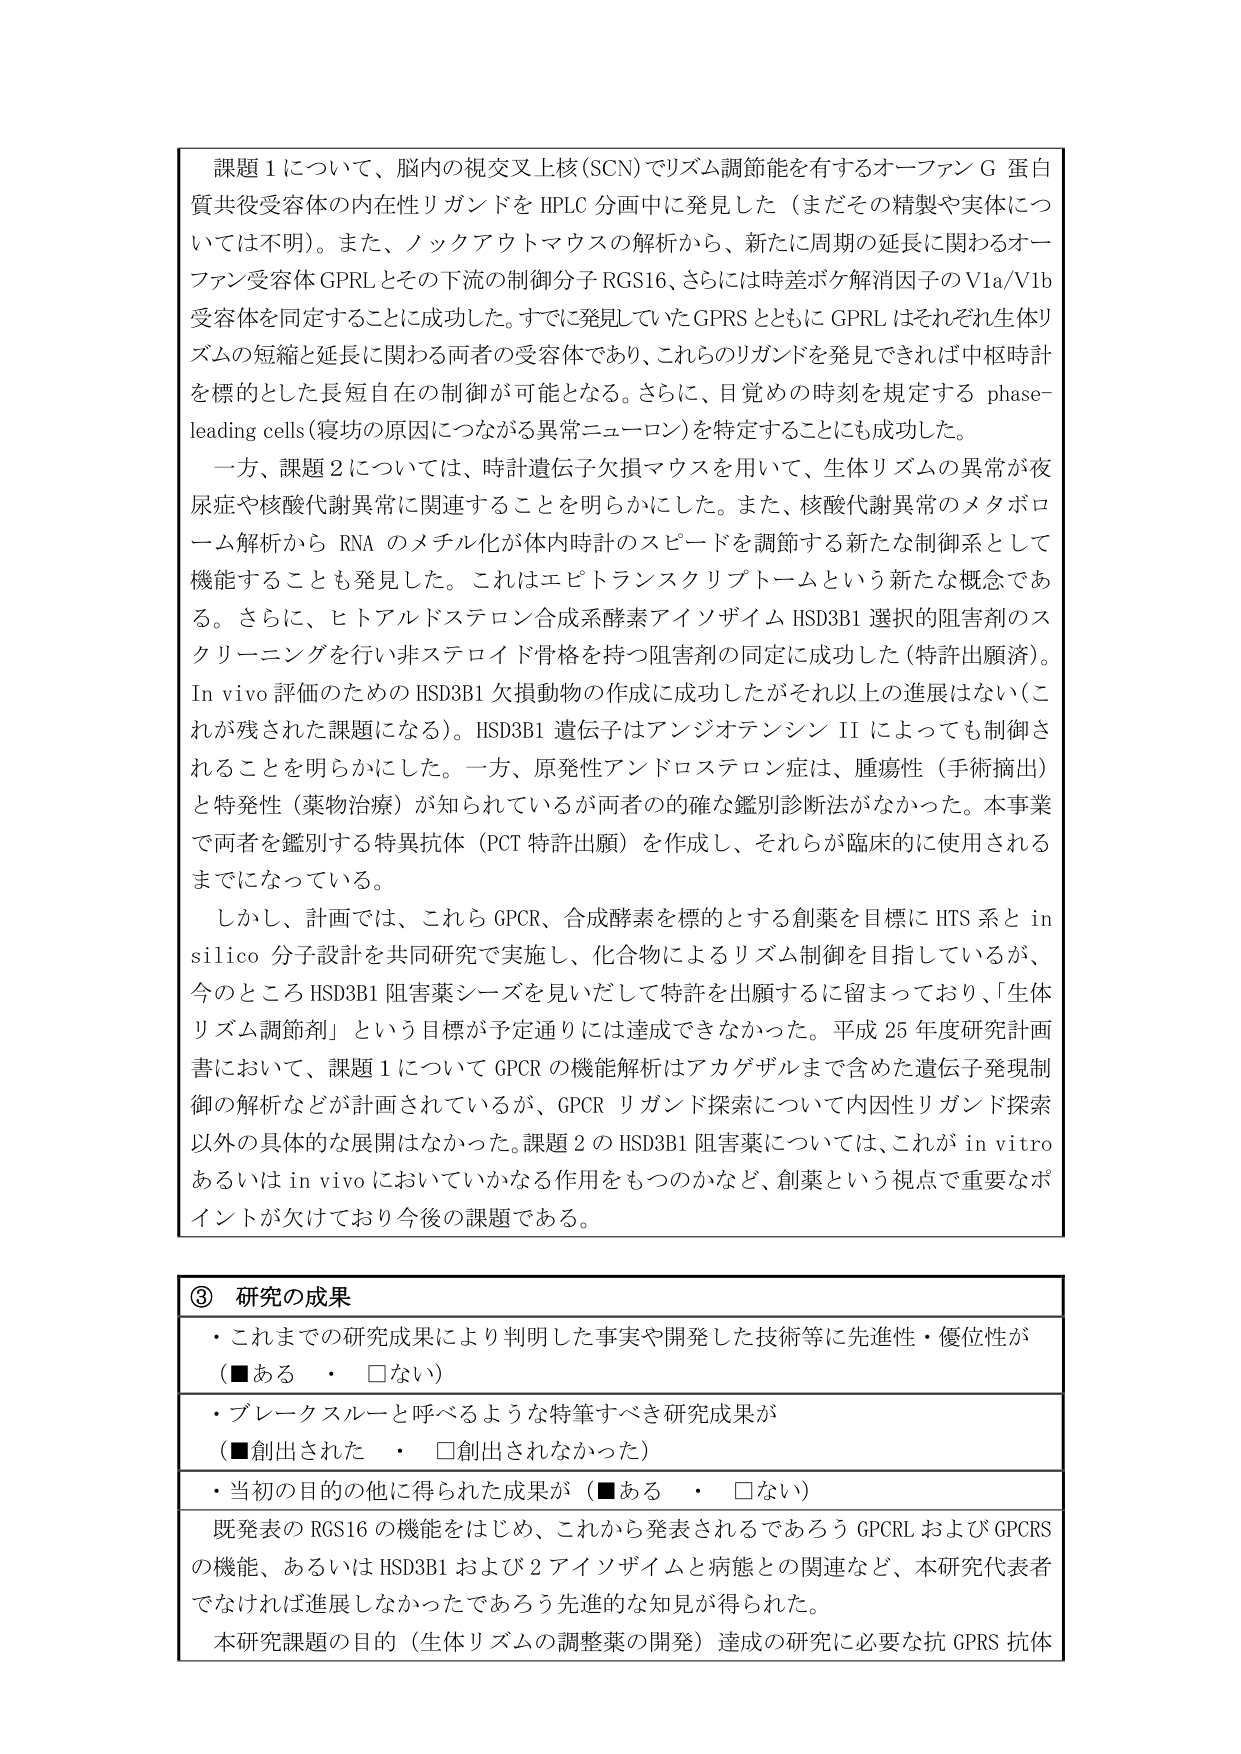
課題１について、脳内の視交叉上核（SCN）でリズム調節能を有するオーファンG蛋白質共役受容体の内在性リガンドをHPLC分画中に発見した（まだその精製や実体については不明）。また、ノックアウトマウスの解析から、新たに周期の延長に関わるオーファン受容体GPRＬとその下流の制御分子RGS16、さらには時差ボケ解消因子のV1a/V1b受容体を同定することに成功した。すでに発見していたGPRSとともにGPRＬはそれぞれ生体リズムの短縮と延長に関わる両者の受容体であり、これらのリガンドを発見できれば中枢時計を標とした長短自在の制御が可能となる。さらに、目覚めの時刻を規定するphase-leading cells（寝坊の原因につながる異常ニューロン）を特定することにも成功した。

一方、課題２については、時計遺伝子欠損マウスを用いて、生体リズムの異常が夜尿症や核酸代謝異常に関連することを明らかにした。また、核酸代謝異常のメタボローム解析からRNAのメチル化が体内時計のスピードを調節する新たな制御系として機能することも発見した。これはエピトランスクリプトームという新たな概念である。さらに、ヒトアルドステロン合成系酵素アイソザイムHSD3B1選択的阻害剤のスクリーニングを行い非ステロイド骨格を持つ阻害剤の同定に成功した（特許出願済）。In vivo評価のためのHSD3B1欠損動物の作成に成功したがそれ以上の進展はない（これが残された課題になる）。HSD3B1遺伝子はアンジオテンシンIIによっても制御されることを明らかにした。一方、原発性アンドロステロン症は、腫瘍性（手術摘出）と特発性（薬物治療）が知られているが両者の確な鑑別診断法がなかった。本事業で両者を鑑別する特異抗体（PCT特許出願）を作成し、それらが臨床的に使用されるまでになっている。

しかし、計画では、これらGPCR、合成酵素を標的とする創薬を目標にHTS系とin silico分子設計を共同研究で実施し、化合物によるリズム制御を目指しているが、今のところHSD3B1阻害薬シーズを見いだして特許を出願するに留まっており、「生体リズム調節剤」という目標が予定通りには達成できなかった。平成25年度研究計画書において、課題１についてGPCRの機能解析はアカゲザルまで含めた遺伝子発現制御の解析などが計画されているが、GPCRリガンド探索について内在性リガンド探索以外の具体的な展開はなかった。課題２のHSD3B1阻害薬については、これがin vitroあるいはin vivoにおいていかなる作用をもつのかなど、創薬という視点で重要なポイントが欠けており今後の課題である。

③ 研究の成果
・これまでの研究成果により判明した事実や開発した技術等に先進性・優位性が（■ある　・　□ない）
・ブレークスルーと呼べるような特筆すべき研究成果が（■創出された　・　□創出されなかった）
・当初の目的の他に得られた成果が（■ある　・　□ない）
既発表のRGS16の機能をはじめ、これから発表されるであろうGPCRLおよびGPRSの機能、あるいはHSD3B1および2アイソザイムと病態との関連など、本研究代表者でなければ進展しなかったであろう先進的な知見が得られた。
本研究課題の目的（生体リズムの調整薬の開発）達成の研究に必要な抗GPRS抗体